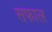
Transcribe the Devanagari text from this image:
सफाल